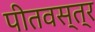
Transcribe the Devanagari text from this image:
पीतवस्त्र